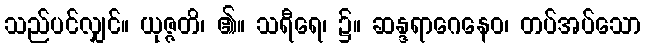
သည်ပင်လျှင်။ ယုဇ္ဇတိ၊ ၏။ သရီရေ၊ ၌။ ဆန္ဒရာဂေနေဝ၊ တပ်အပ်သော